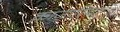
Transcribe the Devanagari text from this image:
क़ाजारिया